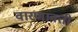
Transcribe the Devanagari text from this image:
वारणावती